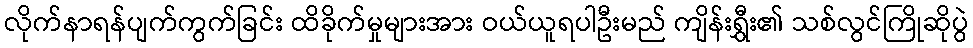
လိုက်နာရန်ပျက်ကွက်ခြင်း ထိခိုက်မှုများအား ဝယ်ယူရပါဦးမည် ကျိန်းရွှီး၏ သစ်လွင်ကြိုဆိုပွဲ